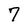
Character: 7